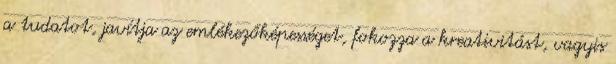
a tudatot, javítja az emlékezőképességet, fokozza a kreativitást, vagyis